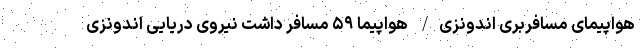
هواپیمای مسافربری اندونزی/ هواپیما ۵۹ مسافر داشت نیروی دریایی اندونزی